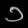
Digit: ၁